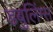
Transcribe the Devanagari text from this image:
डबुलिंग्स